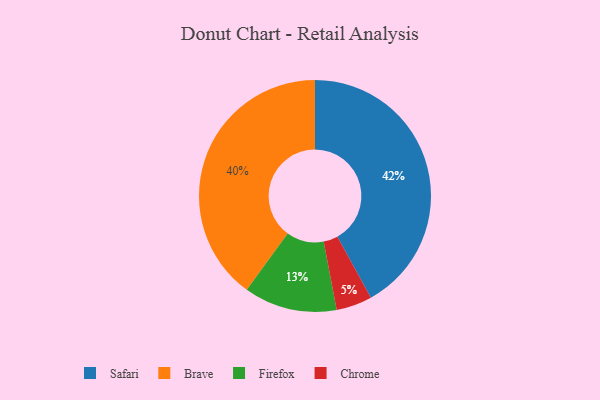
{"axis": {"x": "Category", "y": "Percentage"}, "legend": ["Brave", "Chrome", "Firefox", "Safari"], "data": [{"x": "Firefox", "y": 13, "type": "Firefox"}, {"x": "Chrome", "y": 5, "type": "Chrome"}, {"x": "Safari", "y": 42, "type": "Safari"}, {"x": "Brave", "y": 40, "type": "Brave"}]}